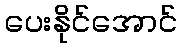
ပေးနိုင်အောင်